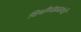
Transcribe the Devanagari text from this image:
विधीमंडळांची